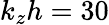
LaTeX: k_{z}h=30